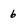
Character: 6